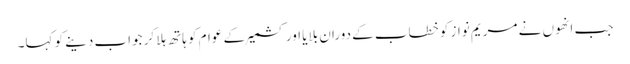
جب انھوں نے مریم نواز کو خطاب کے دوران بلایا اور کشمیر کے عوام کو ہاتھ ہلا کر جواب دینے کو کہا۔